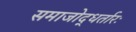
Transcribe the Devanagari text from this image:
समाजोद्धर्तारः